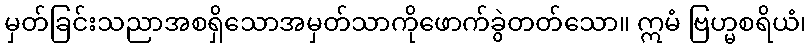
မှတ်ခြင်းသညာအစရှိသောအမှတ်သာကိုဖောက်ခွဲတတ်သော။ ဣမံ ဗြဟ္မစရိယံ၊